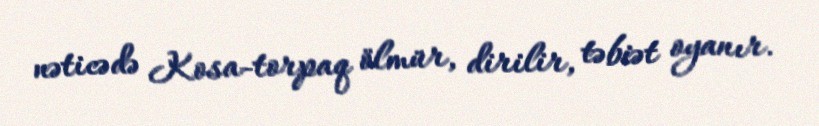
nəticədə Kosa-torpaq ölmür, dirilir, təbiət oyanır.